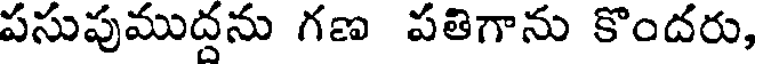
పసుపుముద్దను గణ పతిగాను కొందరు,